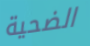
الضحية